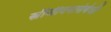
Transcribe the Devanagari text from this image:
स्त्रीजीवनासंबंधी